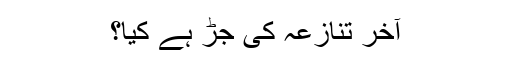
آخر تنازعہ کی جڑ ہے کیا؟